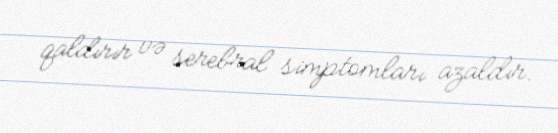
qaldırır və serebral simptomları azaldır.